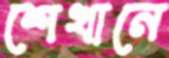
শেখানে